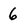
Character: 6